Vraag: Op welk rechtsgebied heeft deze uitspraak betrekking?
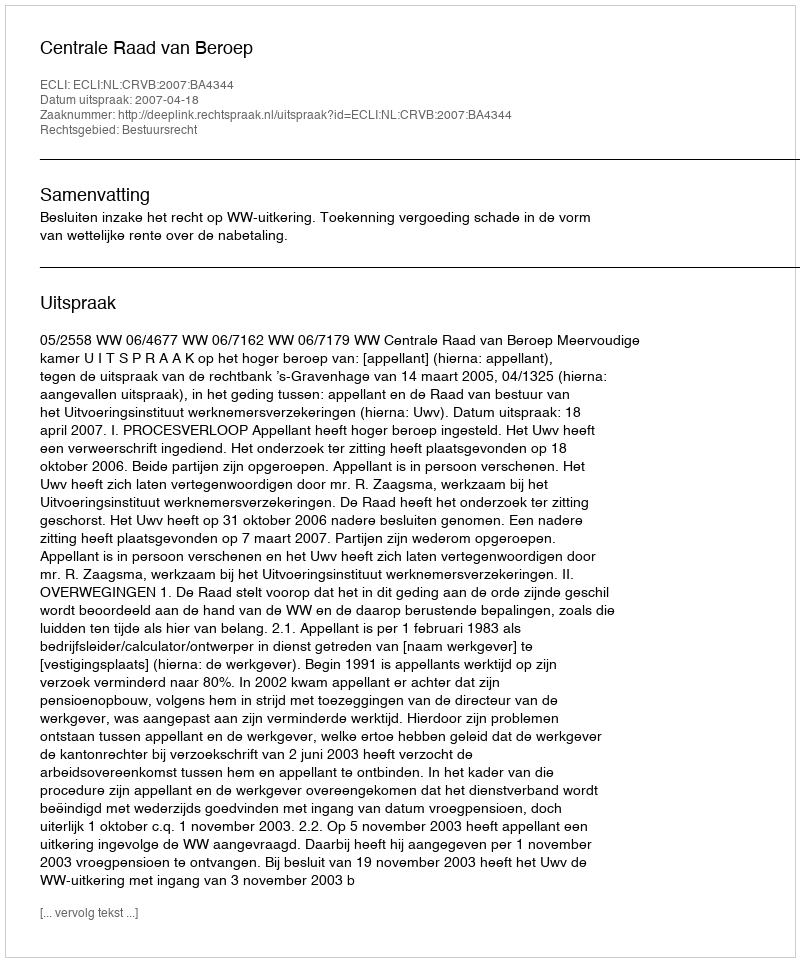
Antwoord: Bestuursrecht